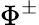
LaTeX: \Phi^{\pm}